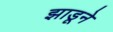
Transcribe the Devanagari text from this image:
झाडूने